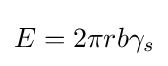
E=2\pi rb\gamma _{s}\,\!